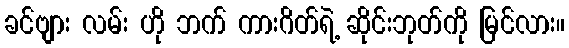
ခင်ဗျား လမ်း ဟို ဘက် ကားဂိတ်ရဲ့ ဆိုင်းဘုတ်ကို မြင်လား။